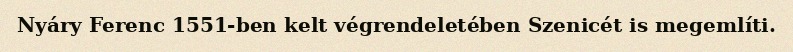
Nyáry Ferenc 1551-ben kelt végrendeletében Szenicét is megemlíti.